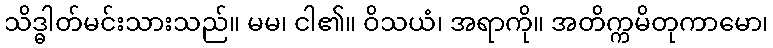
သိဒ္ဓါတ်မင်းသားသည်။ မမ၊ ငါ၏။ ဝိသယံ၊ အရာကို။ အတိက္ကမိတုကာမော၊